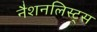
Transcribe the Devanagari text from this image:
नैशनलिस्ट्स